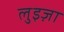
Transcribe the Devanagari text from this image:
लुइज़ा